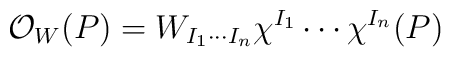
{\cal O}_{W}(P) = W_{I_1\cdots I_n}\chi^{I_1}\cdots\chi^{I_n}(P)